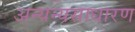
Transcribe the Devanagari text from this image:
अन्यन्यसाधारण